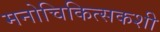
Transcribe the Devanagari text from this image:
मनोचिकित्सकशी